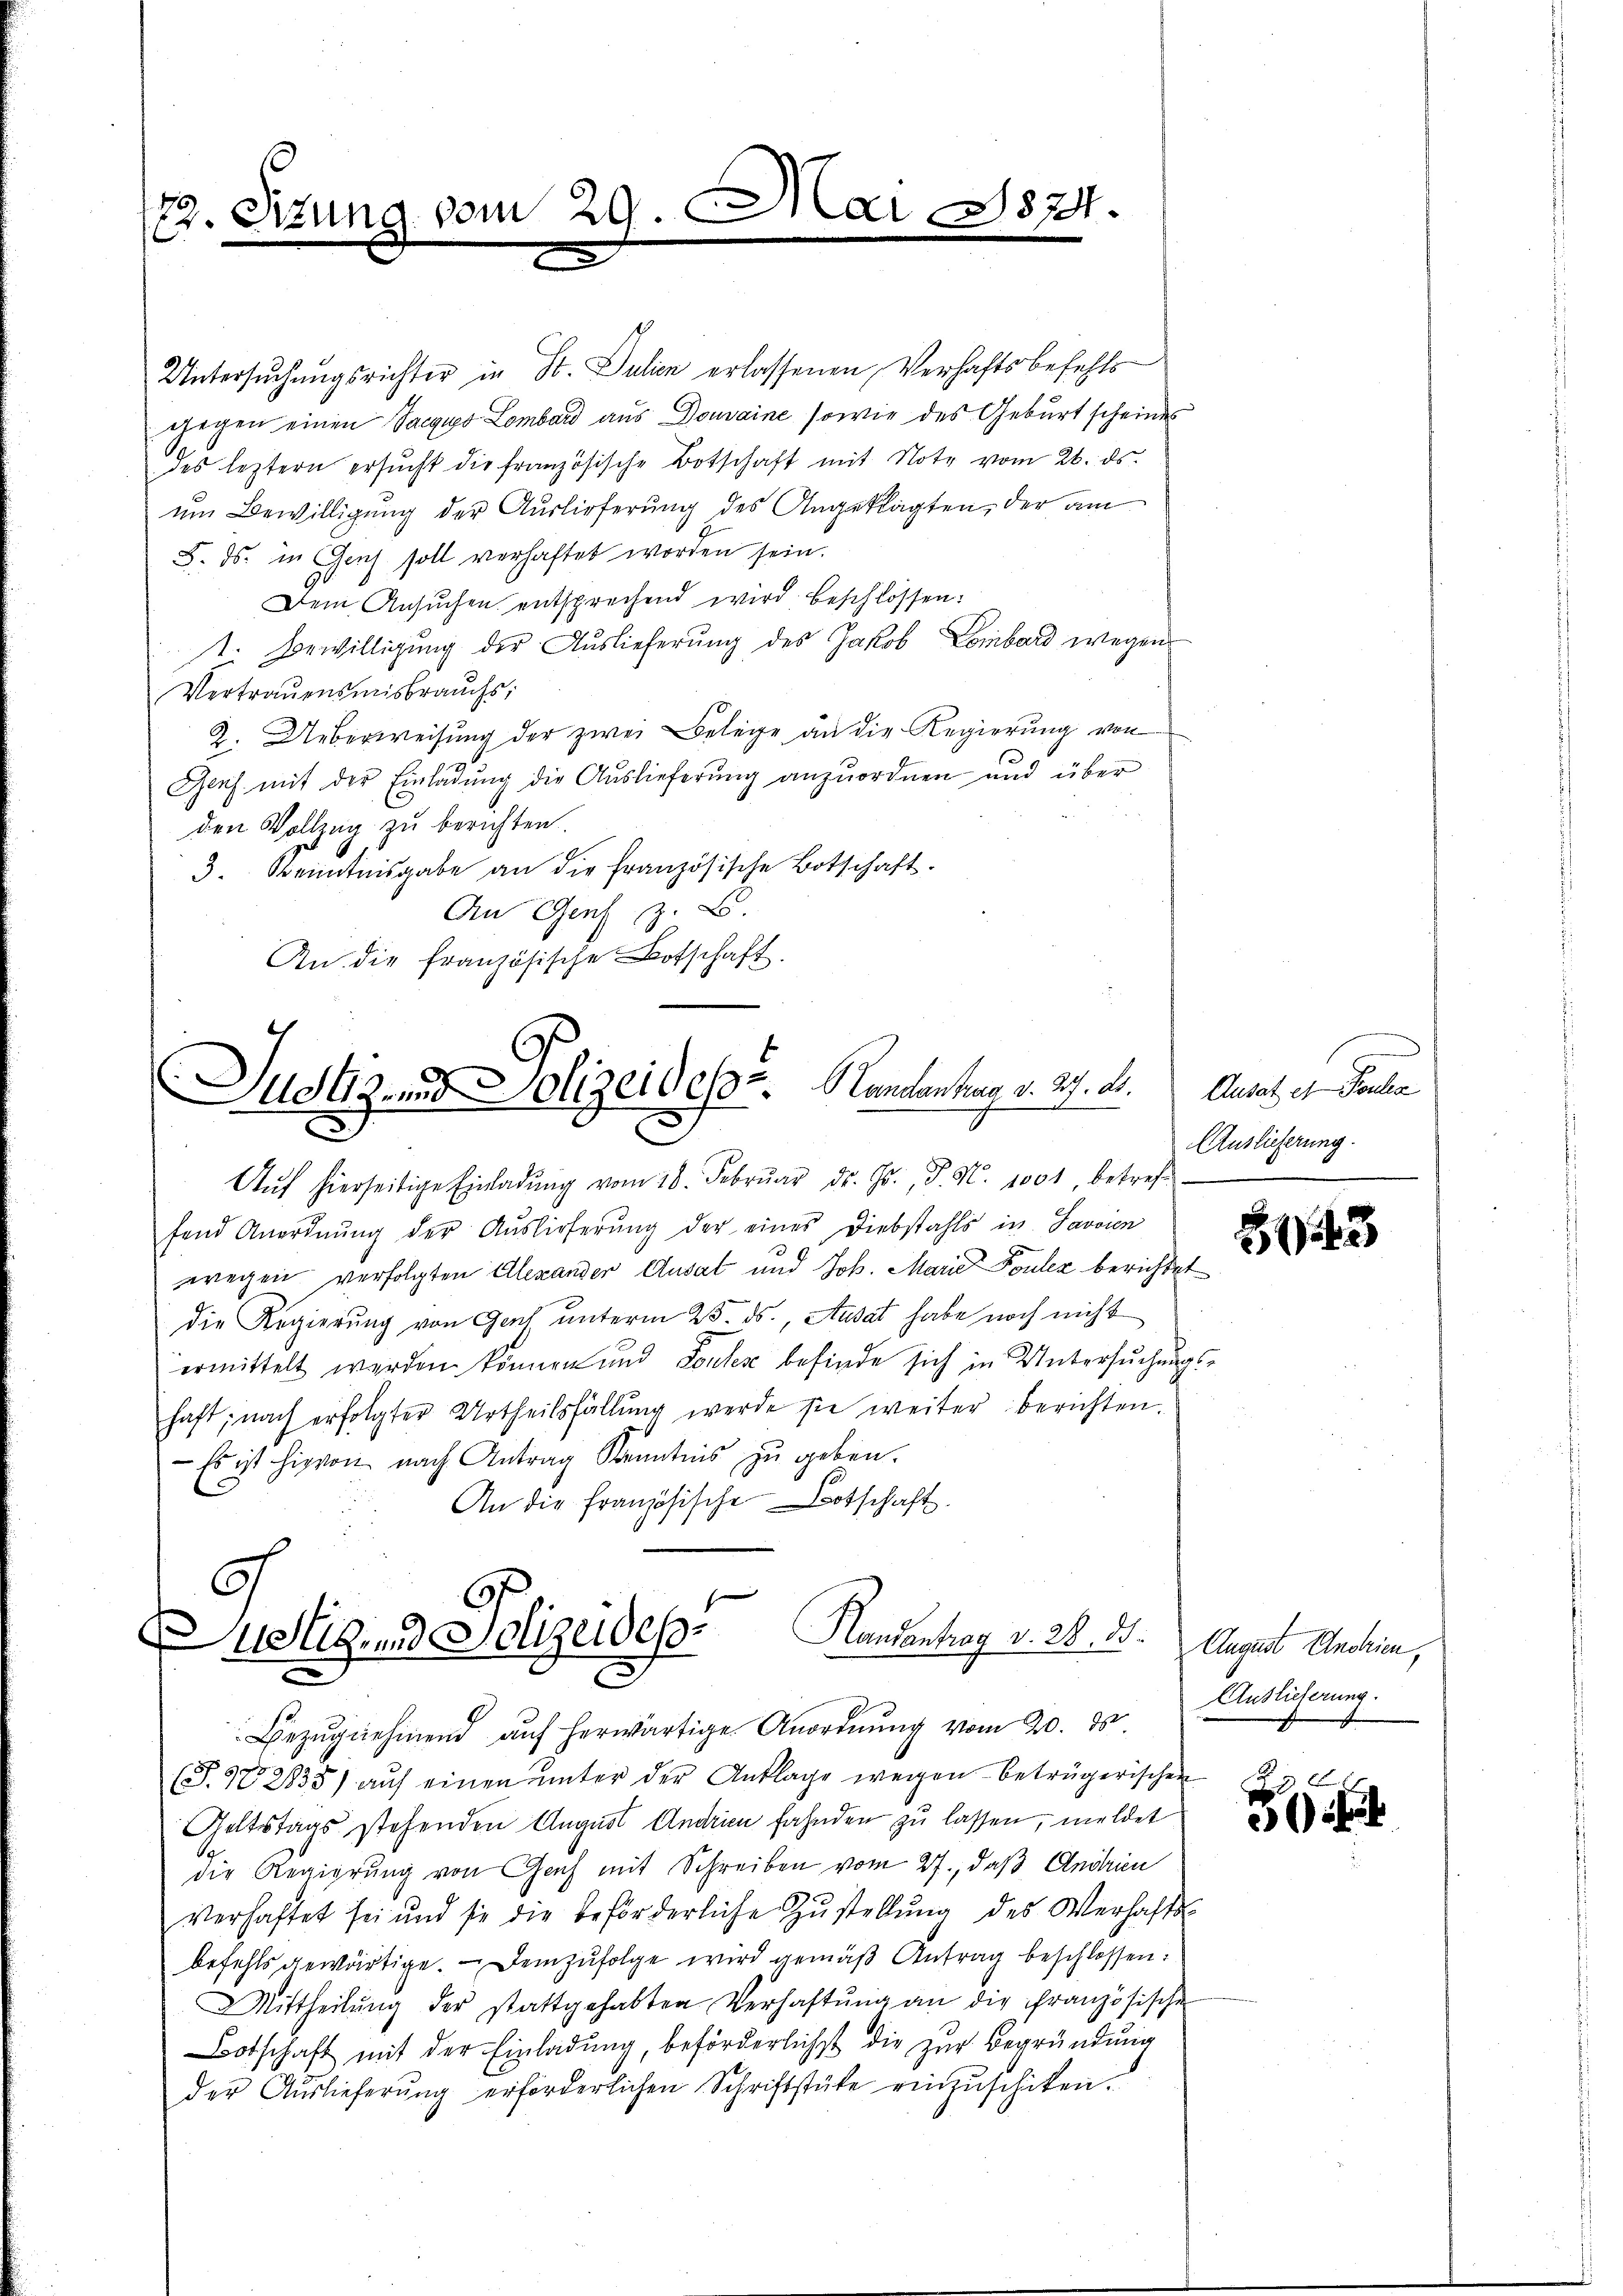
79. Sizung vom 29.

Mar

8791.

Justiz und Polizeides. Landen har v. 27. ds.

Handantrag v. 28. ds.
ustig und Polizeides

Untersuchungsrichter in St. Julien erlassenen Verhaftsbefehls
gegen einen Sacgus Lombard aus Domaine sowie des Geburt scheines
des leztern ersŭcht die französische Botschaft mit Note vom 26. ds.
um Bewilligung der Auslieferung des Angeklagten, der am
5. ds. in Genf soll verhaftet worden sein.
Dem Ansuchen entsprechend wird beschlossen:
1. Bewilligung der Auslieferung des Jakob Lombard wegen
Vertrauensmisbrauchs,
2. Ueberweisung der zwei Belege an die Regierung von
s
Geih mit der Einladung die Auslieferung anzuordnen und über
den Vollzug zu berichten.
3. Kenntnisgabe an die französische Botschaft.
An Genf z. B.
An die französische Botschaft.

Aŭf hierseitige Einladŭng vom 18. Febrŭar Dr. Js., d. N. 1001, betreff
fend Anordnung der Auslieferung der eines Diebstahls in Savoien
wegen verfolgten Alexander Ausal und Joh. Marie Fouler berichtet
die Regierung von Genf unterm 25. ds. Ausdat habe noch nicht
ermittelt werden können und Pontez befinde sich in Untersuchungshaft; nach erfolgter Urtheilsfällung werde sie weiter berichten.
 Es ist hievon nach Antrag Kenntnis zu geben.
An die französische Botschaft.

Ansatz et Parten
Auslieferung.

Bezŭgnehmend aŭf herwärtige Anordnŭng vom 20. ds.
(T.982835) aŭf einen ŭnter der Anklage wegen beträgerischen
Geltstags stehenden August Andrien fahnden zu lassen, meldet
die Regierung von Fach mit Schreiben vom 27., daß Andrien
verhaftet sei und sie die beförderliche Zŭstellŭng des Verhafts-
befehls gewärtige. Demzufolge wird gemäß Antrag beschlossen:
Mittheilŭng der stattgehabten Verhaftŭng an die Französische
Botschaft mit der Einladung, beförderlichst die zur Begründung
der Auslieferŭng erforderlichen Schriftstüke einzŭschiken.

8143

August Anstrien,
Auslieferung.